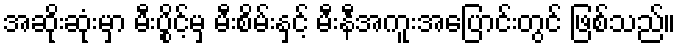
အဆိုးဆုံးမှာ မီးပွိုင့်မှ မီးစိမ်းနှင့် မီးနီအကူးအပြောင်းတွင် ဖြစ်သည်။